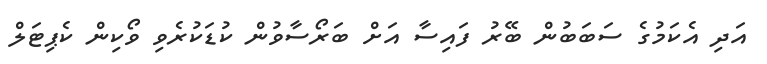
އަދި އެކަމުގެ ސަބަބުން ބޭރު ފައިސާ އަށް ބަރޯސާވުން ކުޑަކުރެވި ވޯކިން ކެޕިޓަލް